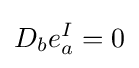
D_{b}e_{a}^{I}=0